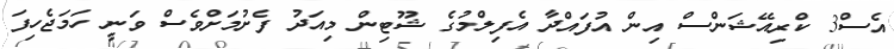
އެސް3 ކްރިއޭޝަންސް އިން އުފައްދާ އެފިލްމުގެ ޝޫޓިން މިއަދު ފެށުމަށްވެސް ވަނީ ހަމަޖެހިފަ